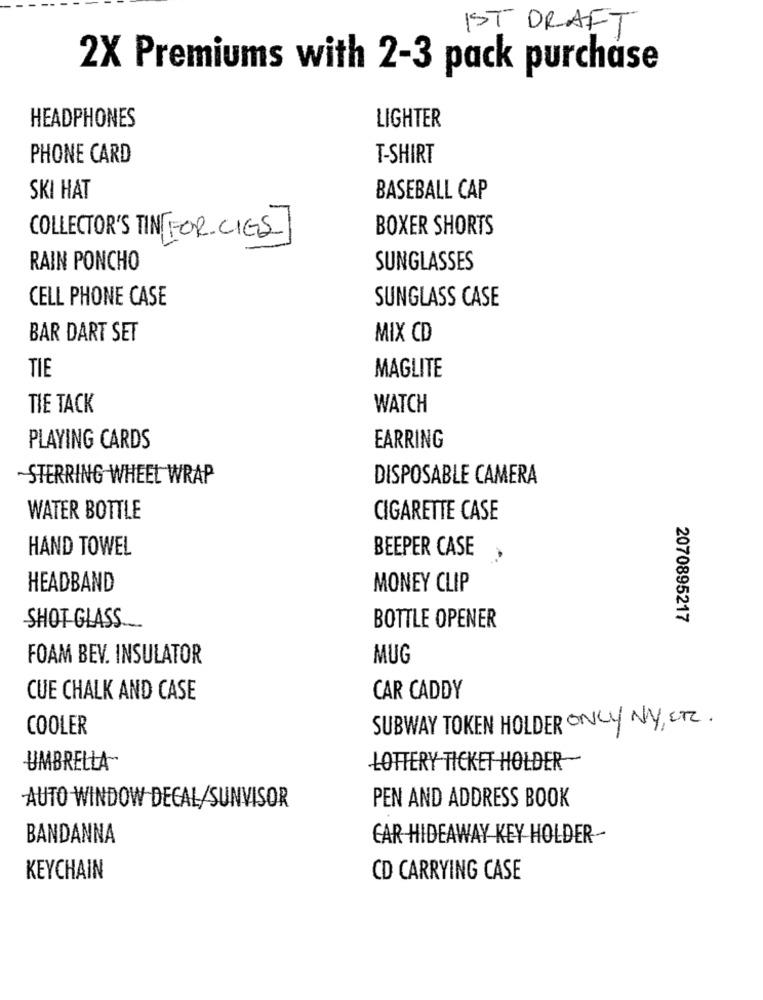
IST DRAFT
2X Premiums with 2-3 pack purchase
HEADPHONES
LIGHTER
PHONE CARD
T-SHIRT
SKI HAT
BASEBALL CAP
BOXER SHORTS
COLLECTOR'S TIN[FOR CIES
RAIN PONCHO
SUNGLASSES
CELL PHONE CASE
SUNGLASS CASE
BAR DART SET
MIX CD
TIE
MAGLITE
TIE TACK
WATCH
PLAYING CARDS
EARRING
~STERRING WHEEL WRAP
DISPOSABLE CAMERA
WATER BOTTLE
CIGARETTE CASE
HAND TOWEL
BEEPER CASE
HEADBAND
MONEY CLIP
2070895217
SHOT GLASS ....
BOTTLE OPENER
FOAM BEV. INSULATOR
MUG
CUE CHALK AND CASE
CAR CADDY
COOLER
SUBWAY TOKEN HOLDER ONLY NY, ER.
UMBRELLA"
LOTTERY TICKET HOLDER-
AUTO WINDOW DECAL/SUNVISOR
PEN AND ADDRESS BOOK
BANDANNA
CAR HIDEAWAY KEY HOLDER-
KEYCHAIN
CD CARRYING CASE